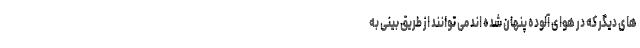
های دیگر که در هوای آلوده پنهان شده اند می توانند از طریق بینی به